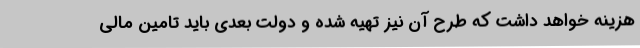
هزینه خواهد داشت که طرح آن نیز تهیه شده و دولت بعدی باید تامین مالی